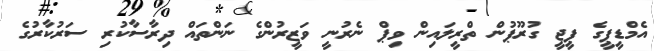
އެމްޑީޕީގެ ޕީޖީ ގުރޫޕުން ތްރީލައިން ވިޕް ނެރުނީ ވަޒީރުންގެ ނަންތައް ދިރާސާކުރި ސަރުކާރުގެ